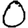
Digit: 0